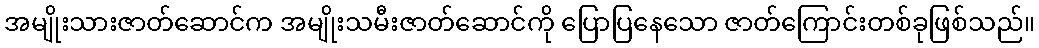
အမျိုးသားဇာတ်ဆောင်က အမျိုးသမီးဇာတ်ဆောင်ကို ပြောပြနေသော ဇာတ်ကြောင်းတစ်ခုဖြစ်သည်။